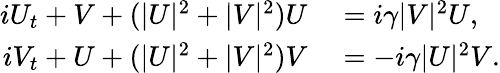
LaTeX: \begin{array}{rl}{iU_{t}+V+(|U|^{2}+|V|^{2})U}&{{}=i\gamma|V|^{2}U,}\\ {iV_{t}+U+(|U|^{2}+|V|^{2})V}&{{}=-i\gamma|U|^{2}V.}\end{array}